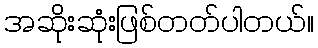
အဆိုးဆုံးဖြစ်တတ်ပါတယ်။